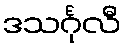
ဒသင်္ဂုလီ